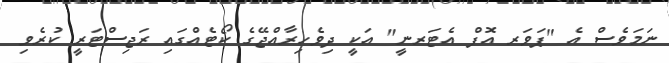
ނަމަވެސް އެ "ޕަވަރ އޮފް އެޓަރނީ" އަކީ ދިވެހިރާއްޖޭގެ ކޯޓެއްގައި ރަޖިސްޓަރީ ކުރެވި